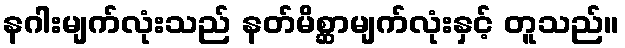
နဂါးမျက်လုံးသည် နတ်မိစ္ဆာမျက်လုံးနှင့် တူသည်။